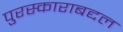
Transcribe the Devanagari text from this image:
पुरस्काराबद्दल